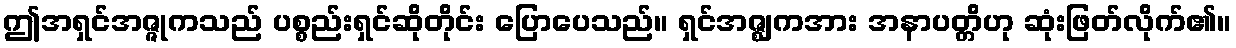
ဤအရှင်အဇ္ဇုကသည် ပစ္စည်းရှင်ဆိုတိုင်း ပြောပေသည်။ ရှင်အဇ္ဈကအား အနာပတ္တိဟု ဆုံးဖြတ်လိုက်၏။